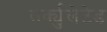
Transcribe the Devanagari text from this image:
सर्क्युलेटेड